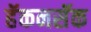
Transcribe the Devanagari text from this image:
हॅकनसॅक